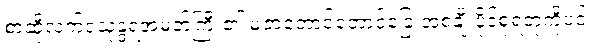
စာဆိုလက်ဝဲသုန္ဒရအမတ်ကြီး၏ မဲဇာတောင်တောင်ခြေ အစချီ ပိုဒ်စုံရတုကိုပင်